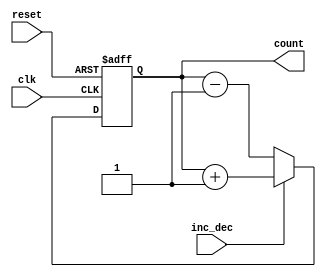
module counter (
    input wire clk,
    input wire reset,
    input wire inc_dec,
    output reg [7:0] count
);

always @ (posedge clk or posedge reset)
begin
    if (reset)
        count <= 8'b00000000;
    else if (inc_dec)
        count <= count + 1;
    else
        count <= count - 1;
end

endmodule